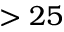
> 2 5